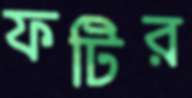
ফটির